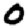
Digit: 0